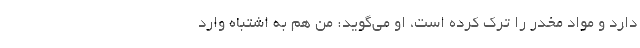
دارد و مواد مخدر را ترک کرده است، او می‌گوید: من هم به اشتباه وارد